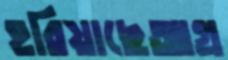
হরিয়াছেআগ্র